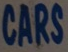
CARS